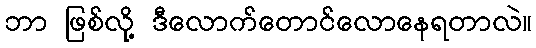
ဘာ ဖြစ်လို့ ဒီလောက်တောင်လောနေရတာလဲ။